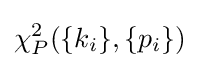
\chi _{P}^{2}(\{k_{i}\},\{p_{i}\})